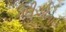
નદીઓના